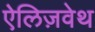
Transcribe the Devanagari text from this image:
ऐलिज़वेथ